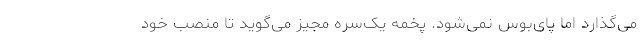
می‌گذارد اما پای‌بوس نمی‌شود. پخمه یک‌سره مجیز می‌گوید تا منصب خود